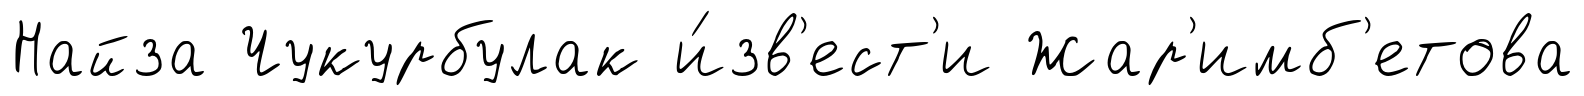
Найза Чукурбулак и́зв'ест'и Жар'имб'етова